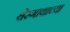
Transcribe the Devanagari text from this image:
थेरगाथाच्या